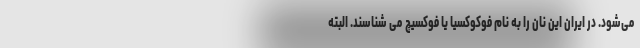
می‌شود. در ایران این نان را به نام فوکوکسیا یا فوکسیچ می شناسند. البته